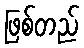
ဖြစ်တည်